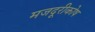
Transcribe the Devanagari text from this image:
मजदूरीकोष